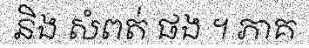
និង សំពត់ ផង ។ ភាគ